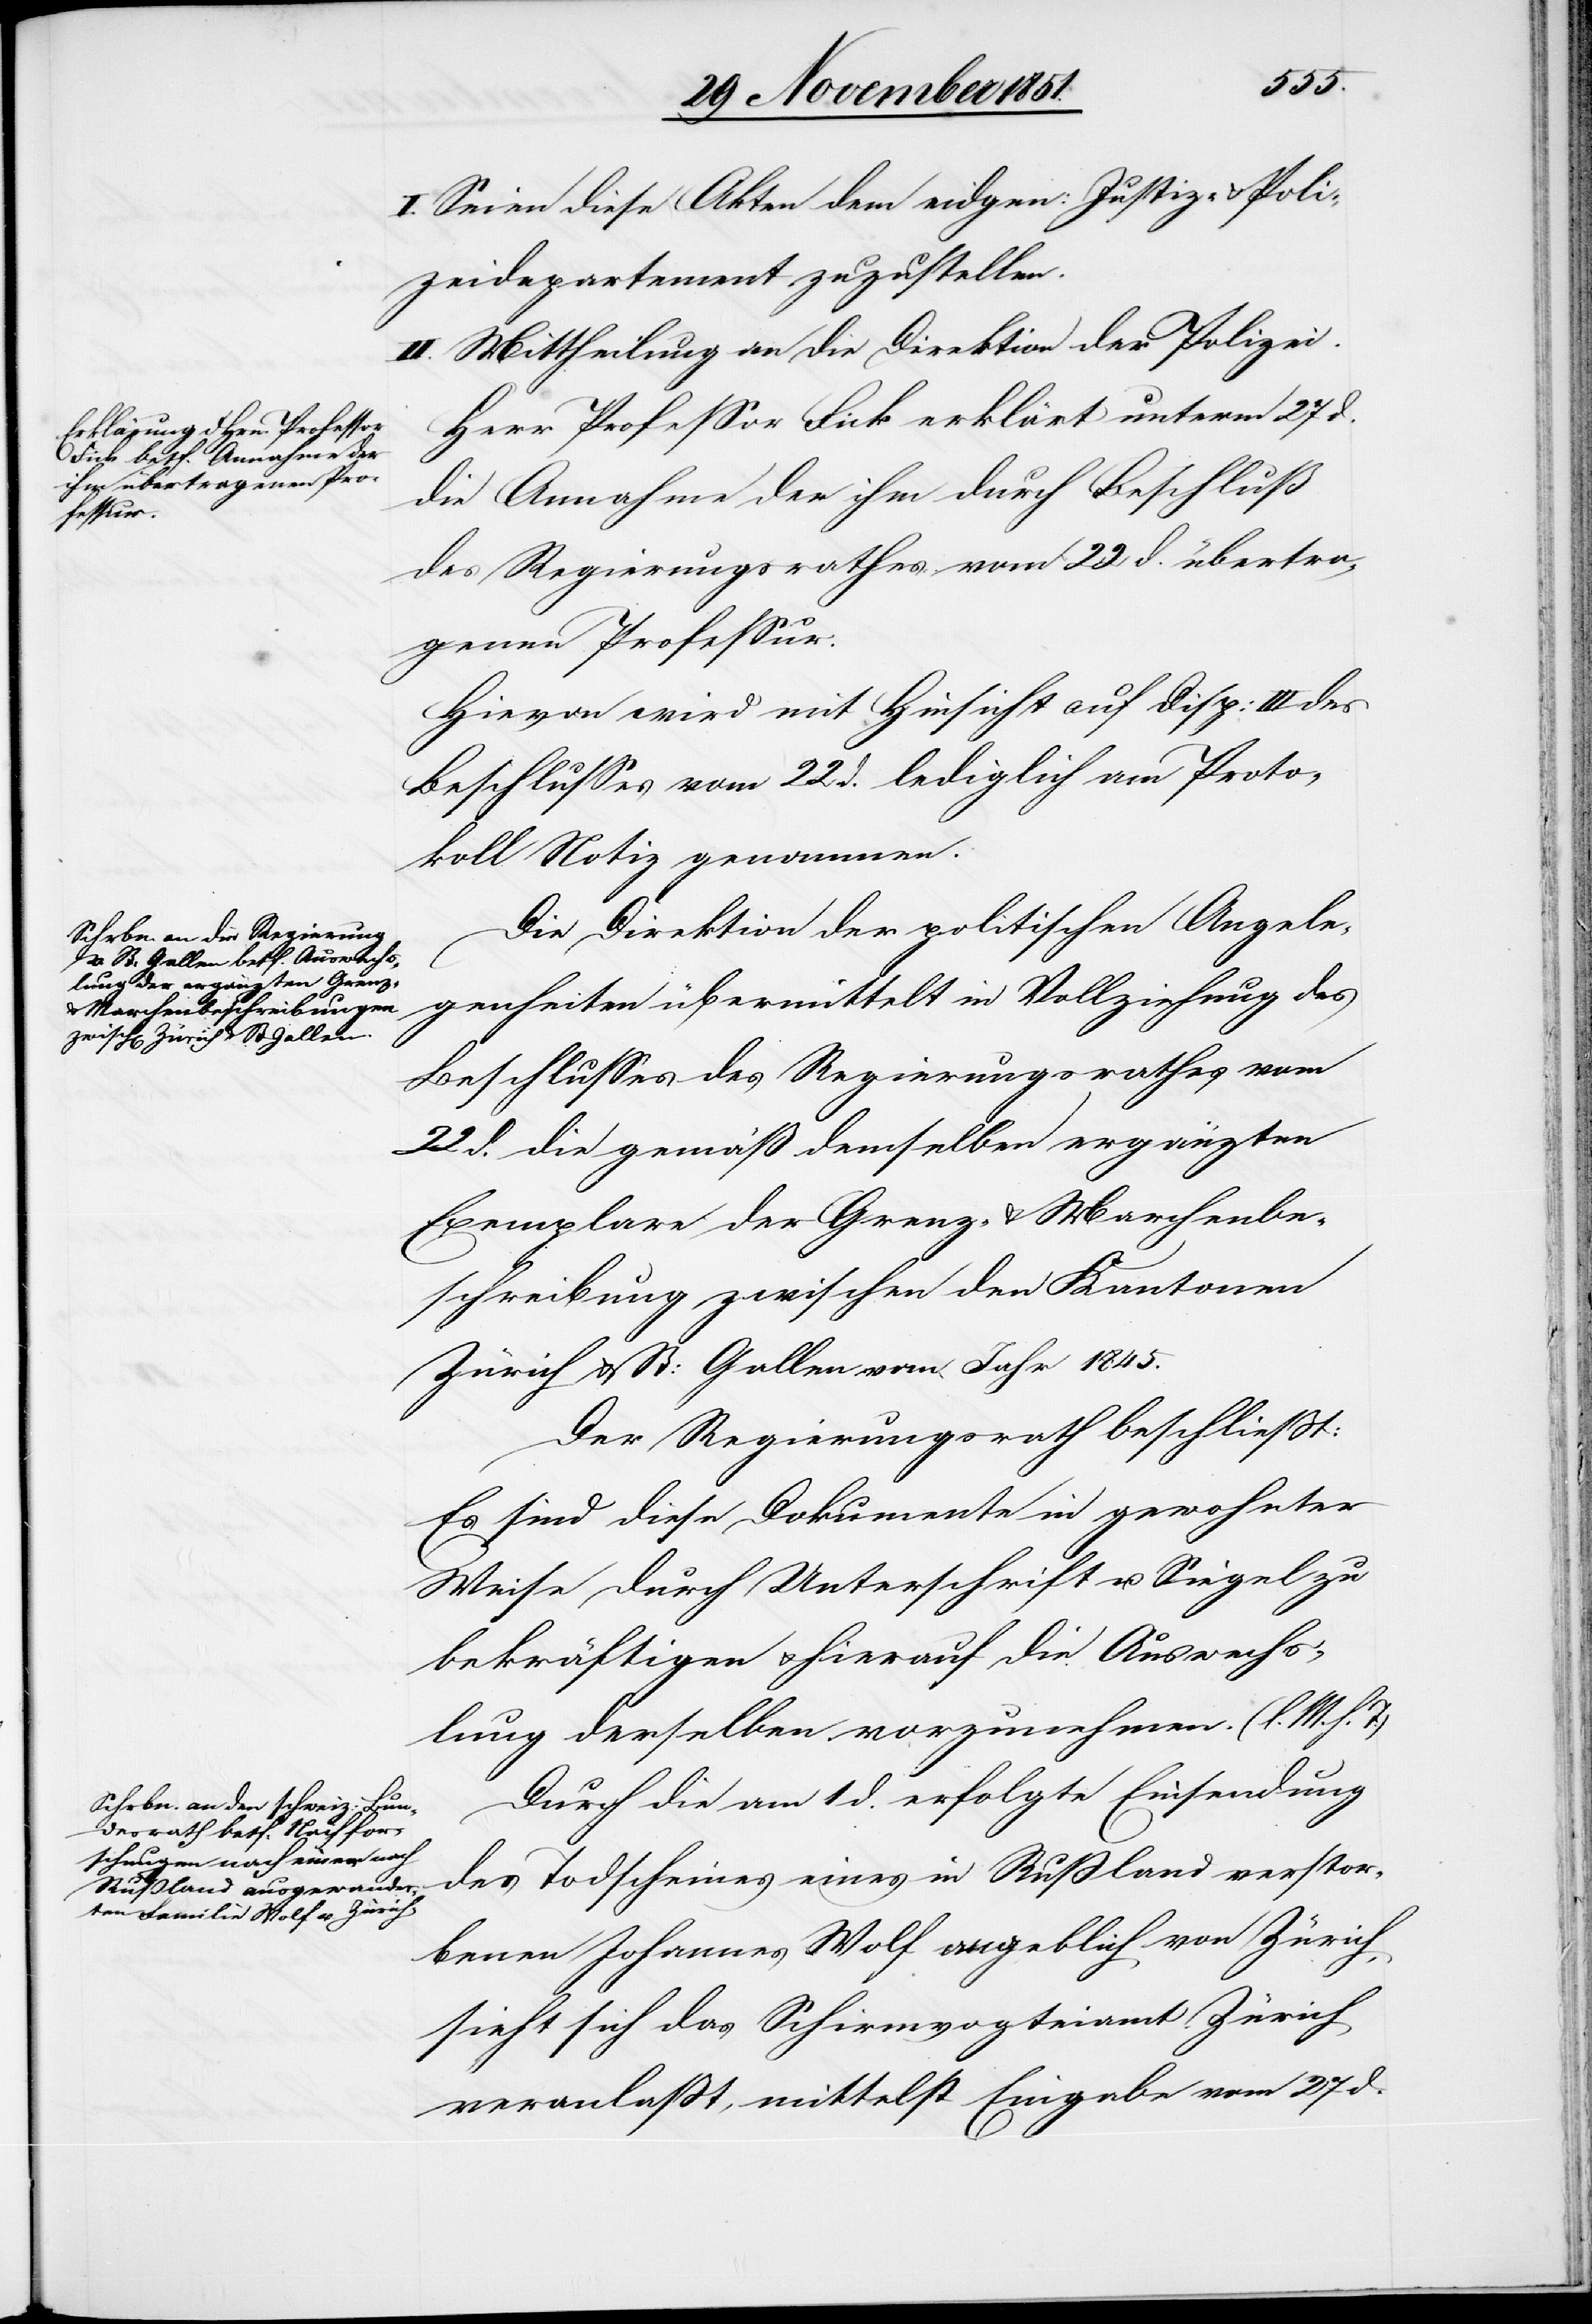
I. Seien diese Akten dem eidgen: Justiz- & Poli¬
zeidepartement zuzustellen.
II. Mittheilung an die Direktion der Polizei.
Herr Professor Fick erklärt unterm 27 d.
die Annahme der ihm durch Beschluß
des Regierungsrathes vom 22 d. übertra¬
genen Professur.
Hievon wird mit Hinsicht auf Disp: III des
Beschlusses vom 22 d. lediglich am Proto¬
koll Notiz genommen.
Die Direktion der politischen Angele¬
genheiten übermittelt in Vollziehung des
Beschlusses des Regierungsrathes vom
22 d. die gemäß demselben ergänzten
Exemplare der Grenz- & Marchenbe¬
schreibung zwischen den Kantonen
Zürich & St: Gallen vom Jahr 1845.
Der Regierungsrath beschließt:
Es sind diese Dokumente in gewohnter
Weise durch Unterschrift u. Siegel zu
bekräftigen & hierauf die Auswechs¬
lung derselben vorzunehmen. (l. M. h. T.)
Durch die am 1 d. erfolgte Einsendung
des Todscheines eines in Rußland verstor¬
benen Johannes Wolf angeblich von Zürich,
sieht sich das Schirmvogteiamt Zürich
veranlaßt, mittelst Eingabe vom 27 d.